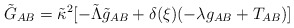
\begin{align*}\tilde{G}_{AB} = \tilde{\kappa}^2 [ - \tilde{\Lambda}\tilde{g}_{AB} + \delta(\xi)({- \lambda g_{AB} + T_{AB}})]\end{align*}